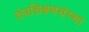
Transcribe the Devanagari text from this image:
तंत्रशिक्षणसंस्था